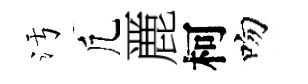
污凢䴡柯吻